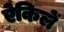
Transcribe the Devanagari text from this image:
ऐकिलें